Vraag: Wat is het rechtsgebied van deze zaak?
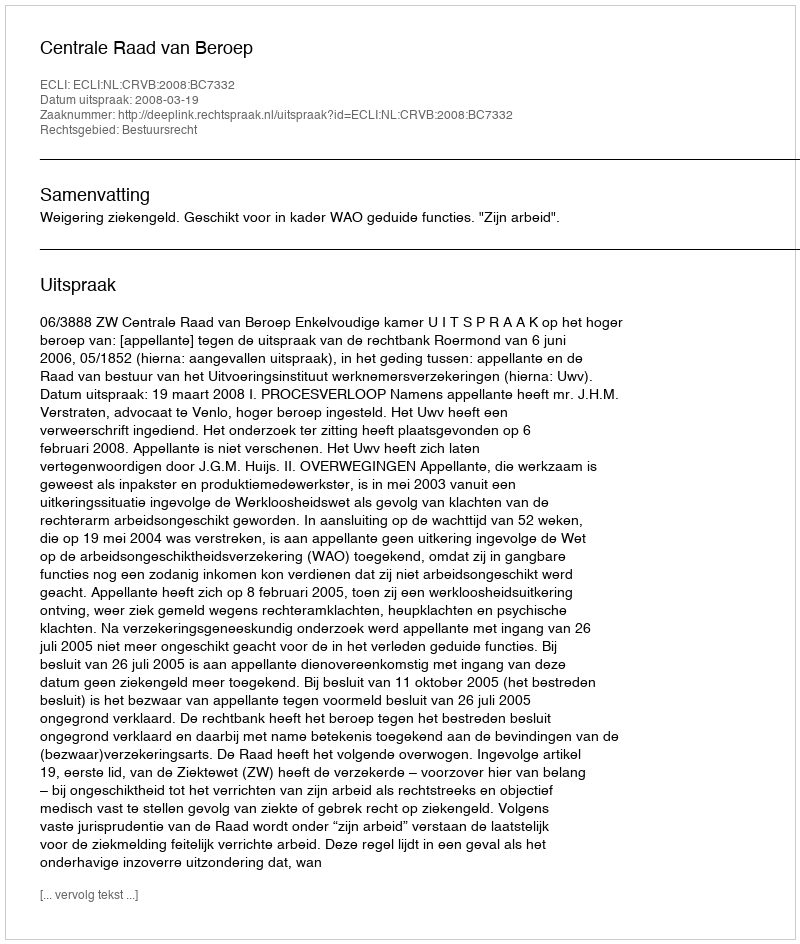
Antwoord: Bestuursrecht